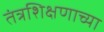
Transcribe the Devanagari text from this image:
तंत्रशिक्षणाच्या